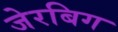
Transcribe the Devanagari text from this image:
जेरबिग